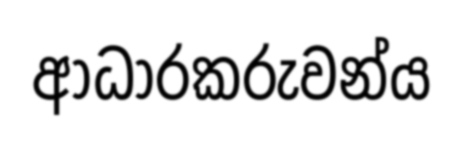
ආධාරකරුවන්ය